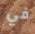
في